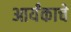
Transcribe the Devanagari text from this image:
आर्यंकाचे